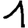
Digit: 1